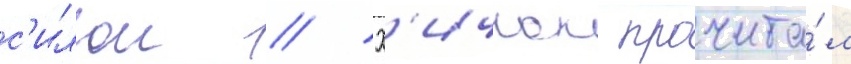
с'илои // Х'ичкок прочита́л